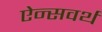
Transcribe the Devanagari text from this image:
ऐन्सवर्थ